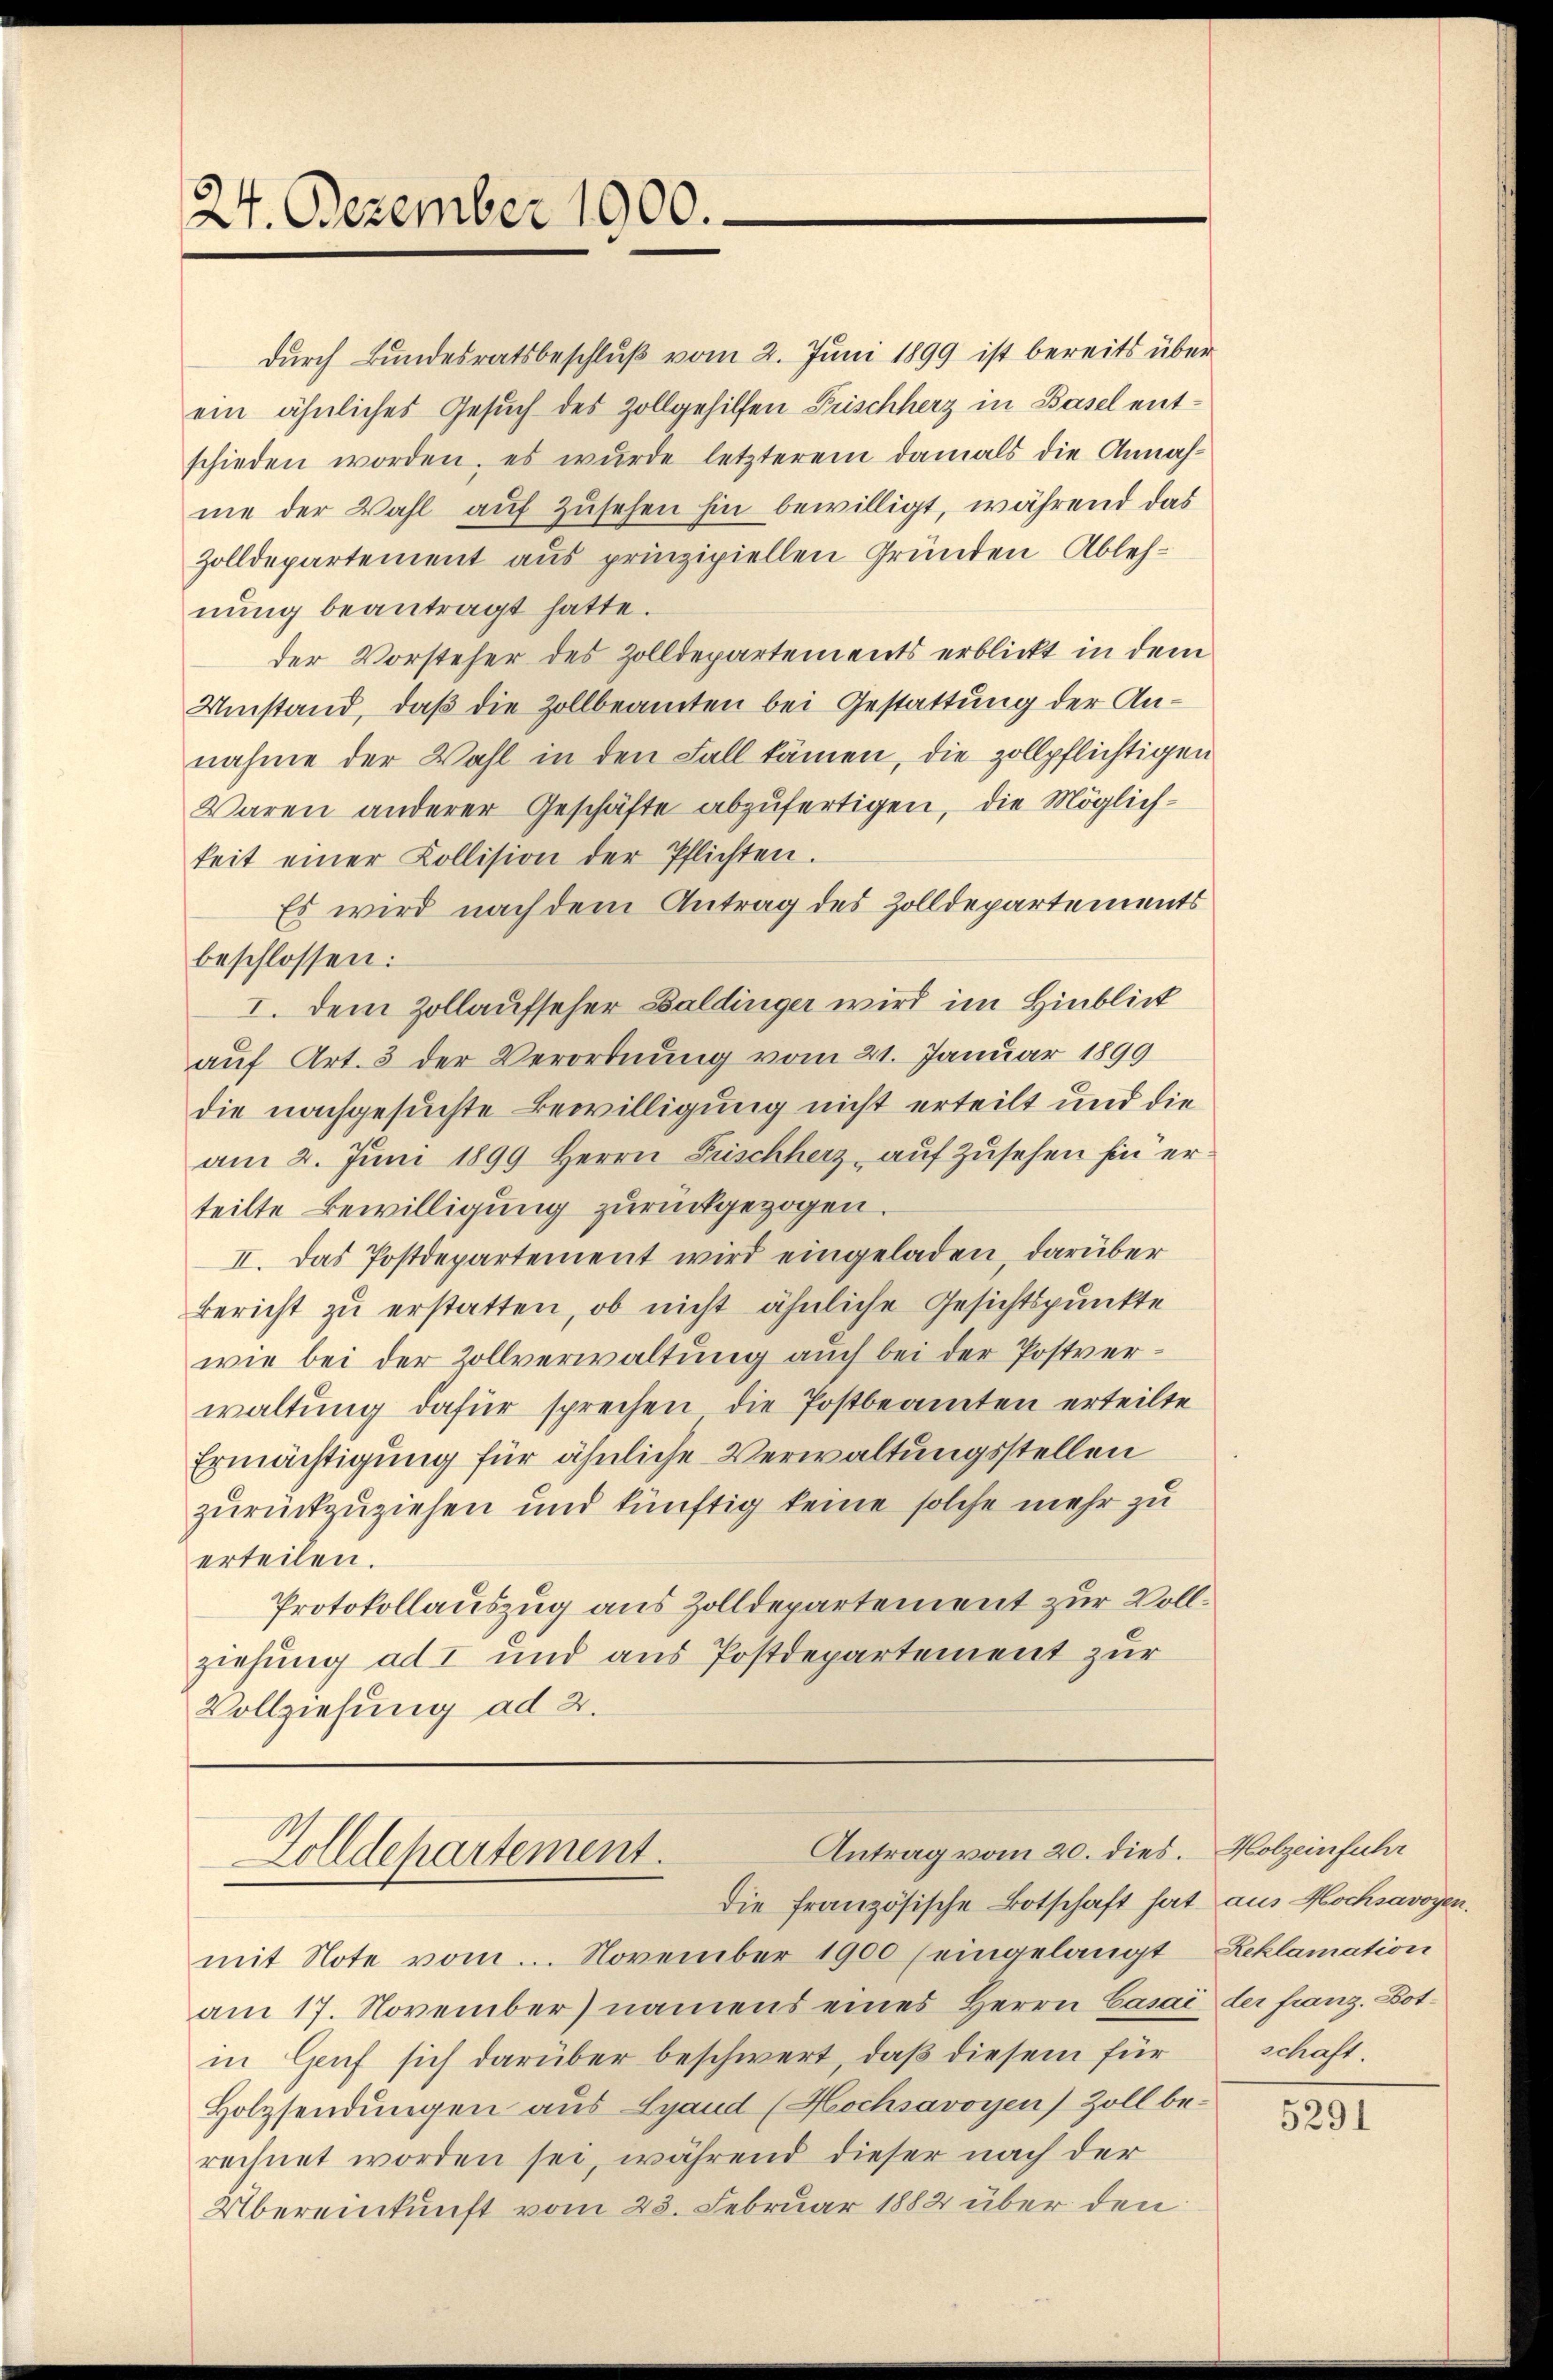
24. Dezember 1900.

schieden worden, es wurde letzterem damals die Annahme der Wahl auf zusehen hin bewilligt, während das
Zolldepartement aus prinzipiellen Gründen Ablehnung beantragt hatte.
der Vorsteher des Zolldepartements erblickt in dem
Umstand, daß die Zollbeamten bei Gestattung der Annahme der Wahl in den Fall kämen, die zollpflichtigen
Waren anderer Geschäfte abzufertigen, die Möglichkeit einer Kollision der Pflichten.
Es wird nach dem Antrag des Zolldepartements
beschlossen:
I. dem Zollaufseher Baldinger wird im Hinblick
auf Art. 3 der Verordnung vom 21. Januar 1899
die nachgesuchte Bewilligung nicht erteilt und die
am 2. Jŭni 1899 Herrn Frischherz auf Zusehen hin erteilte Bewilligung zurückgezogen.
II. Das Postdepartement wird eingeladen, darüber
Bericht zu erstatten, ob nicht ähnliche Gesichtspunkte
wie bei der Zollverwaltung auch bei der Postverwaltung dafür sprechen die Postbeamten erteilte
Ermächtigung für ähnliche Verwaltungsstellen
zurückzuziehen und künftig keine solche mehr zu
erteilen.
Protokollauszug aus Zolldepartement zur Vollziehung ad I und aus Postdepartement zur
Vollziehung ad 2.

durch Bundesratsbeschluß vom 2. Juni 1899 ist bereits über
ein ähnliches Gesuch des Zollgehilfen Frischherz in Basel ent¬

Antrag vom 20. dies. Holzeinfuhr
Zolldepartement.
die französische Botschaft hat aus Hochsavoyen.

mit Note vom. November 1900 (eingelangt
am 17. November) namens eines Herrn Casai der franz. Botin Genf sich darüber beschwert, daß diesem für
Holzsendungen aus Land (Hochsavoyen) Zoll be-
rechnet worden sei, während dieser nach der
Übereinkunft vom 23. Februar 1882 über den

Reklamation
schaft.

5291